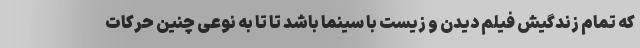
که تمام زندگیش فیلم دیدن و زیست با سینما باشد تا تا به نوعی چنین حرکات